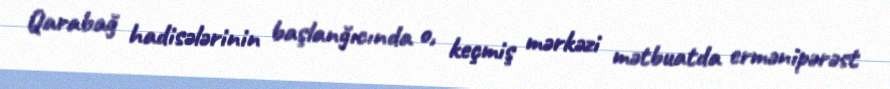
Qarabağ hadisələrinin başlanğıcında o, keçmiş mərkəzi mətbuatda ermənipərəst